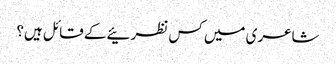
شاعری میں کس نظرئیے کے قائل ہیں؟